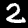
Digit: 2